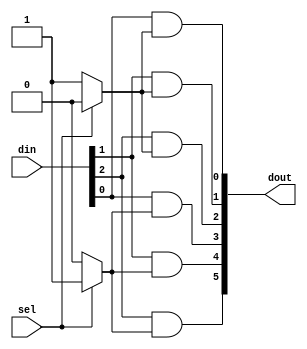
/* ---------------------------------------------------------------------
**
**                  (C) COPYRIGHT 2006-2011 SYNOPSYS, INC.
**                            ALL RIGHTS RESERVED
**
**  This software and the associated documentation are confidential and
**  proprietary to Synopsys, Inc.  Your use or disclosure of this
**  software is subject to the terms and conditions of a written
**  license agreement between you, or your company, and Synopsys, Inc.
**
**  The entire notice above must be reproduced on all authorized copies.
**
** ---------------------------------------------------------------------
**
** Abstract : Parameterized one-hot demux that will
**            demultiplex several buses (quantity specified
**            at compile time, and controlled by a parameter)
**            of a particular width (which is also specified at
**            compile time by a parameter). 
**
** ---------------------------------------------------------------------
*/


module x256_DW_axi_x2x_busdemux ( sel, din, dout );

   parameter BUS_COUNT = 2;   // Number of input buses.
   parameter MUX_WIDTH = 3;   // Bit width of data buses.
   parameter SEL_WIDTH = 1;   // Width of select line.

   input [SEL_WIDTH-1:0]           sel;  // Select signal.

   input [MUX_WIDTH-1:0] din;  // Input bus.
   wire  [MUX_WIDTH-1:0] din;  

   output [MUX_WIDTH*BUS_COUNT-1:0] dout; // Concatenated output
   reg    [MUX_WIDTH*BUS_COUNT-1:0] dout; // data busses. 


   reg [BUS_COUNT-1:0] sel_oh; // One-hot select signals.


   // Create one hot version of sel input.
   // Used as select line for the mux.
   always @(sel) 
   begin : sel_oh_PROC
     integer busnum;

     sel_oh = {BUS_COUNT{1'b0}};

     for(busnum=0 ; busnum<=(BUS_COUNT-1) ; busnum=busnum+1) begin
       if(sel == busnum) sel_oh[busnum] = 1'b1;
     end

   end


   // One of the subtleties that might not be obvious that makes 
   // this work so well is the use of the blocking assignment (=) 
   // that allows dout to be built up incrementally. 
   // The one-hot select builds up into the wide "or" function 
   // you'd code by hand.
   always @ (sel_oh or din) begin : mux_logic
      integer i, j;
      dout = {MUX_WIDTH{1'b0}};
      for (i = 0; i <= (BUS_COUNT-1); i = i + 1) begin
        for (j = 0; j <= (MUX_WIDTH-1); j = j + 1) begin
          dout[MUX_WIDTH*i +j]
	    = dout[MUX_WIDTH*i +j] | (din[j] & sel_oh[i]);
        end
      end
   end // always

endmodule // DW_axi_x2x_busdemux